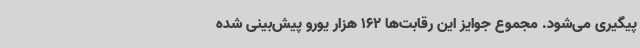
پیگیری می‌شود. مجموع جوایز این رقابت‌ها 162 هزار یورو پیش‌بینی شده